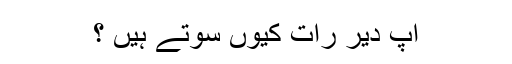
آپ دیر رات کیوں سوتے ہیں ؟